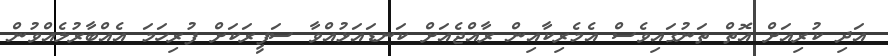
އަދި ކުރިއަށް އޮތް ތަނުގައިވެސް އެމެރިކާއިން ރާއްޖެއަށް ކަނޑައަޅުއްވާ ސަފީރަކަށް ފުރިހަމަ އެއްބާރުލެއްވުން